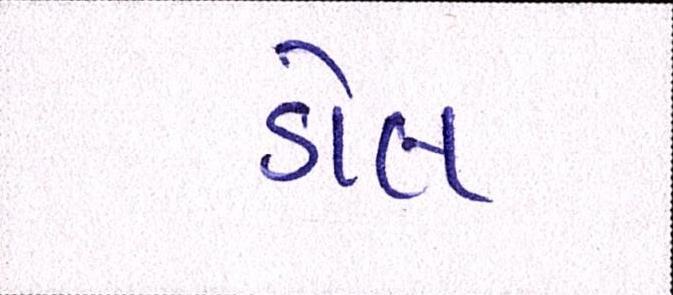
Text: ડોલ